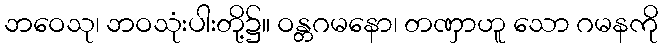
ဘဝေသု၊ ဘဝသုံးပါးတို့၌။ ဝန္တဂမနော၊ တဏှာဟူ သော ဂမနကို